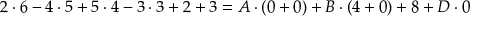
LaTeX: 2 \cdot 6 - 4 \cdot 5 + 5 \cdot 4 - 3 \cdot 3 + 2 + 3 = A \cdot ( 0 + 0 ) + B \cdot ( 4 + 0 ) + 8 + D \cdot 0